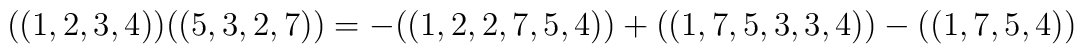
((1,2,3,4)) ((5,3,2,7)) = - ((1,2,2,7,5,4)) +((1,7,5,3,3,4)) - ((1,7,5,4))